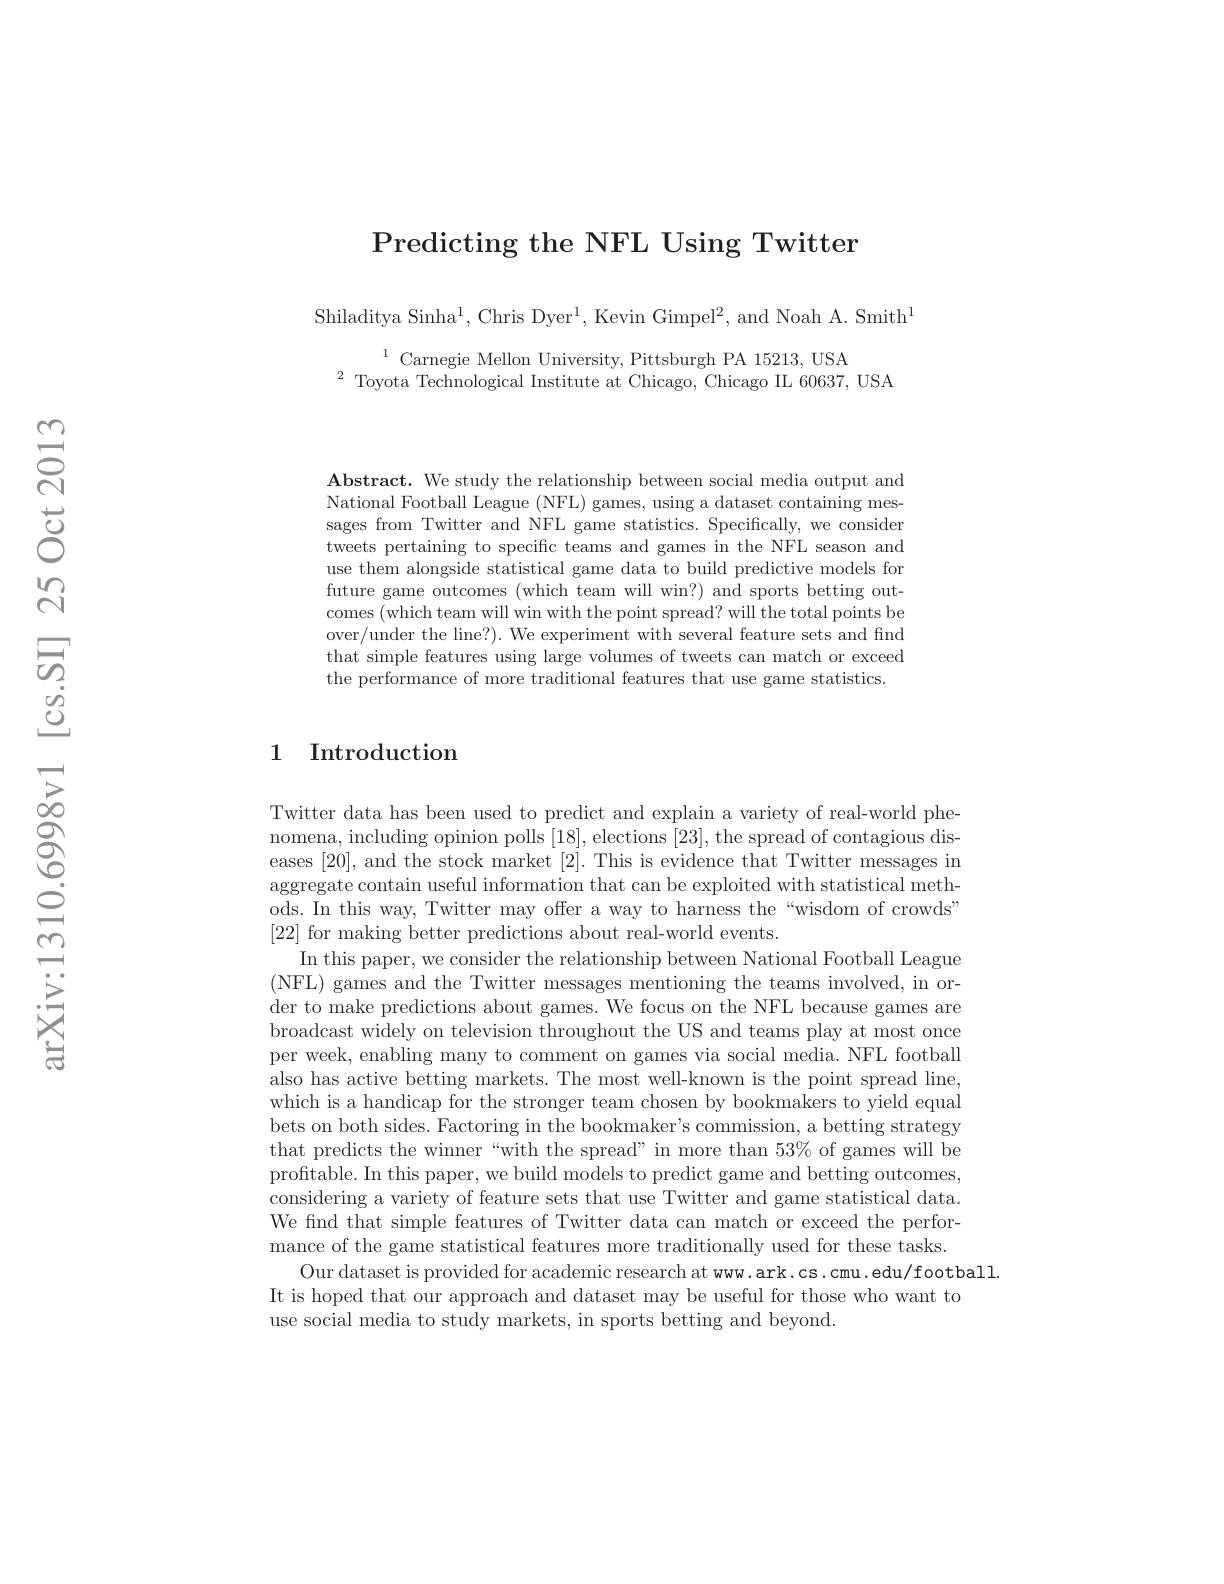
Predicting the NFL Using Twitter

Shiladitya Sinha$^1$,Chris Dyer$^1$,Kevin Gimpel$^2$,and Noah A. Smith$^1$

$^{1}$Carnegie Mellon University, Pittsburgh PA 15213, USA
$^{2}$ Toyota Technological Institute at Chicago, Chicago IL 60637, USA

Abstract. We study the relationship between social media output and National Football League (NFL) games, using a dataset containing messages from Twitter and NFL game statistics. Specifically, we consider tweets pertaining to specific teams and games in the NFL season and use them alongside statistical game data to build predictive models for future game outcomes (which team will win?) and sports betting outcomes (which team will win with the point spread? will the total points be over/under the line?). We experiment with several feature sets and find that simple features using large volumes of tweets can match or exceed the performance of more traditional features that use game statistics.

## 1 Introduction

Twitter data has been used to predict and explain a variety of real-world phenomena, including opinion polls [18], elections [23], the spread of contagious diseases [20], and the stock market [2]. This is evidence that Twitter messages in aggregate contain useful information that can be exploited with statistical methods. In this way, Twitter may offer a way to harness the “wisdom of crowds” [22] for making better predictions about real-world events.
In this paper, we consider the relationship between National Football League (NFL) games and the Twitter messages mentioning the teams involved, in order to make predictions about games. We focus on the NFL because games are broadcast widely on television throughout the US and teams play at most once per week, enabling many to comment on games via social media. NFL football also has active betting markets. The most well-known is the point spread line, which is a handicap for the stronger team chosen by bookmakers to yield equal bets on both sides. Factoring in the bookmaker's commission, a betting strategy that predicts the winner“with the spread” in more than 53% of games will be proftable. In this paper, we build models to predict game and betting outcomes, considering a variety of feature sets that use Twitter and game statistical data. We find that simple features of Twitter data can match or exceed the performance of the game statistical features more traditionally used for these tasks.
Our dataset is provided for academic research at www.ark.cs.cmu.edu/football
It is hoped that our approach and dataset may be useful for those who want to
use social media to study markets, in sports betting and beyond.